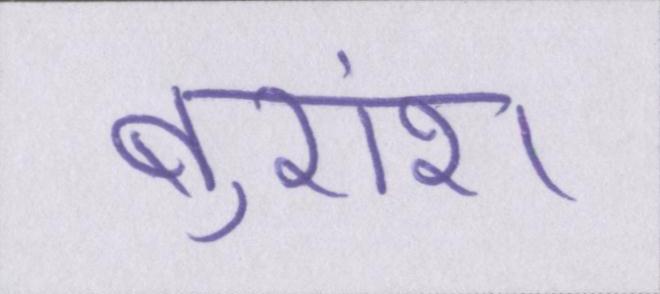
बुरांश